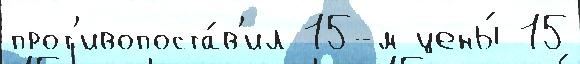
прот'ивопоста́в'ил 15-м цены́ 15